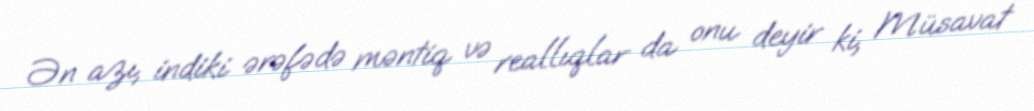
Ən azı, indiki ərəfədə məntiq və reallıqlar da onu deyir ki, Müsavat